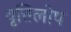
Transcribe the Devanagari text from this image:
वृत्तिलोप